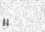
٧٨